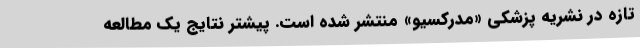
تازه در نشریه پزشکی «مدرکسیو» منتشر شده است. پیشتر نتایج یک مطالعه